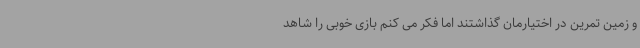
و زمین تمرین در اختیارمان گذاشتند اما فکر می کنم بازی خوبی را شاهد